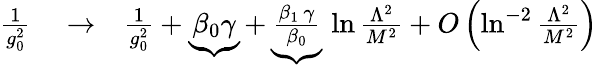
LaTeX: \begin{array}{rlr}{{\frac{1}{g_{0}^{2}}}}&{{}\to}&{{\frac{1}{g_{0}^{2}}}+\underbrace{\beta_{0}\gamma}+\underbrace{\frac{\beta_{1}\, \gamma}{\beta_{0}}}\, \ln{\frac{\Lambda^{2}}{M^{2}}}+O\left(\ln^{-2}{\frac{\Lambda^{2}}{M^{2}}}\right)}\end{array}